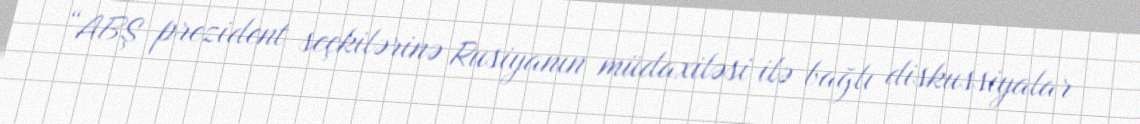
“ABŞ prezident seçkilərinə Rusiyanın müdaxiləsi ilə bağlı diskussiyalar